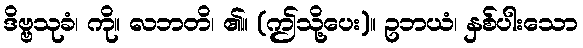
ဒိဗ္ဗသုခံ၊ ကို။ လဘတိ၊ ၏။ (ဤသို့ပေး)။ ဥဘယံ၊ နှစ်ပါးသော